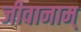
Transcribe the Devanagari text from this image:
जीवानाम्‌